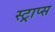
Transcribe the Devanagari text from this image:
स्ट्राप्स